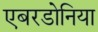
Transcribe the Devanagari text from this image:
एबरडोनिया